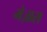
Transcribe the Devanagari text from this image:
मेज़ारा